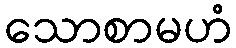
သောစာမဟံ